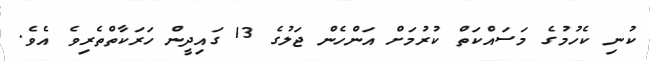
ކުނި ކެހުމުގެ މަސައްކަތް ކުރުމަށް އަންހެން ޖަލުގެ 13 ގައިދީން ހަރަކާތްތެރިވެ އެވެ.